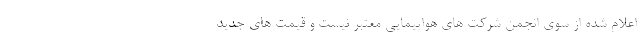
اعلام شده از سوی انجمن شرکت های هواپیمایی معتبر نیست و قیمت های جدید